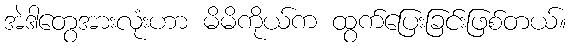
အဲဒါတွေအားလုံးဟာ မိမိကိုယ်က ထွက်ပြေးခြင်းဖြစ်တယ်။